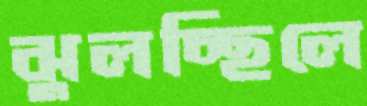
ঝুলচ্ছিলে